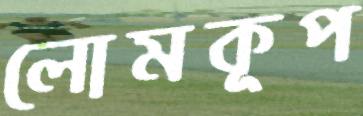
লোমকূপ